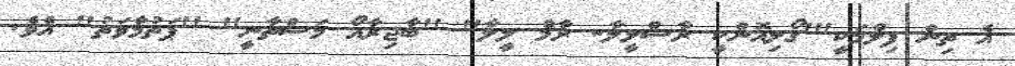
އެ ތިން ފިލްމަކީ"'ގޯލިއޮންކީ ރާސްލީލާ- ރާމް ލީލާ'' ''ބާޖިރާއޯ މަސްތާނީ'' ''ޕަތުމާވަތު'' އެވެ.